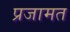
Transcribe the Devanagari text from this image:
प्रजामत